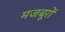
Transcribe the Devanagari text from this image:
मजबूरों